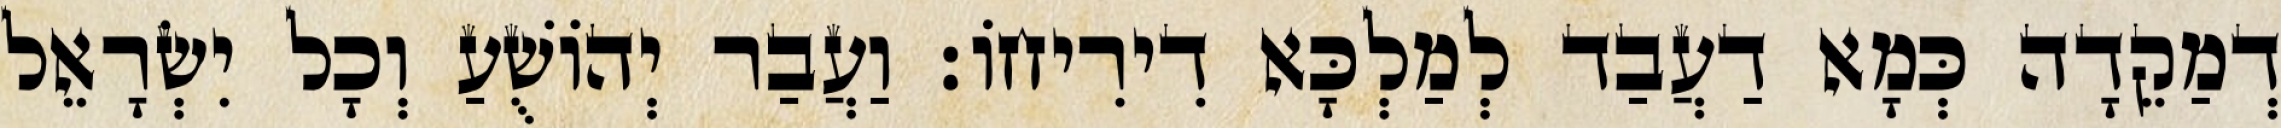
דְמַקֵדָה כְּמָא דַעֲבַד לְמַלְכָּא דִירִיחוֹ׃ וַעֲבַר יְהוֹשֻׁעַ וְכָל יִשְׂרָאֵל